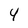
Character: 4